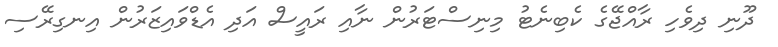
ދޫނި ދިވެހި ރާއްޖޭގެ ކެބިނެޓު މިނިސްޓަރުން ނާއި ރައީސް އަދި އެޑްވައިޒަރުން އިނގިރޭސި